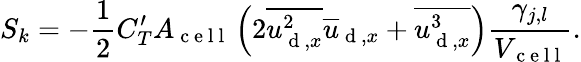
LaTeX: S_{k}=-\frac{1}{2}C_{T}^{\prime}A_{\mathrm{~c~e~l~l~}}\left(2\overline{{{u_{\mathrm{~d~},x}^{2}}}}\overline{{u}}_{\mathrm{~d~},x}+\overline{{{u_{\mathrm{~d~},x}^{3}}}}\right)\frac{\gamma_{j,l}}{V_{\mathrm{~c~e~l~l~}}}.